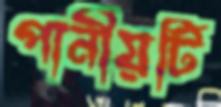
পানীয়টি